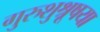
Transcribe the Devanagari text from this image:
गुरुशुश्रूषया